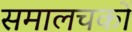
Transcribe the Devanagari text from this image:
समालचकों